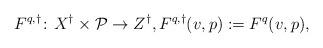
LaTeX: \begin{align*}F^{q,\dagger}\colon X^\dagger\times \mathcal P\to Z^\dagger, F^{q,\dagger}(v,p) := F^q(v,p),\end{align*}